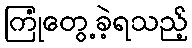
ကြုံတွေ့ခဲ့ရသည့်